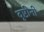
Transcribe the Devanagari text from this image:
दृष्टीनी